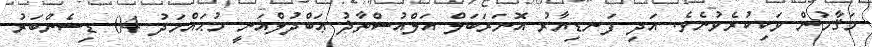
މަޤާމުން ވަކިކުރެވުނެވެ. އަދި ފަނޑިޔާރު އޮނަރަބަލް އަލްއުސްތާޛު ޢަބްދުލްޣަނީ މުޙައްމަދު 04 ޑިސެންބަރު